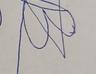
Signature authenticity: forged